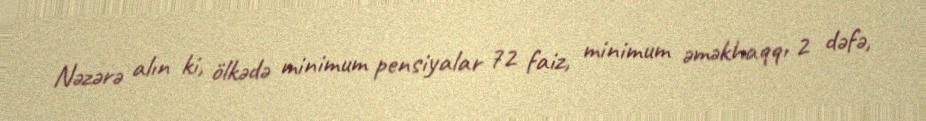
Nəzərə alın ki, ölkədə minimum pensiyalar 72 faiz, minimum əməkhaqqı 2 dəfə,